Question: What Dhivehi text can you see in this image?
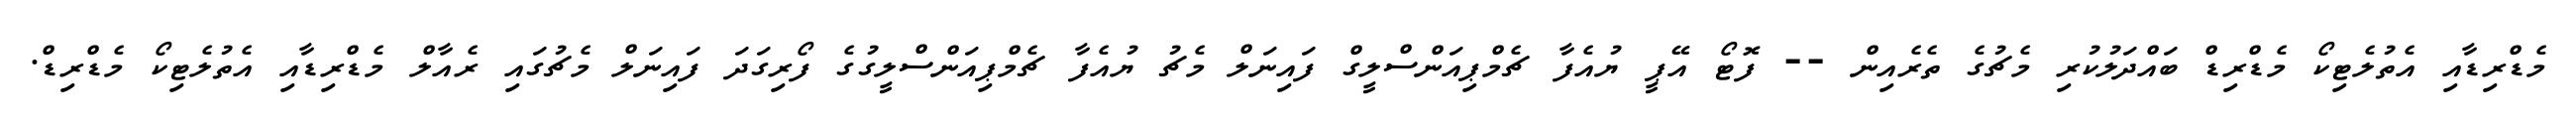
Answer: މެޑްރިޑާއި އެތުލެޓިކޯ މެޑްރިޑް ބައްދަލުކުރި މެޗުގެ ތެރެއިން -- ފޮޓޯ އޭޕީ ޔުއެފާ ޗެމްޕިއަންސްލީގް ފައިނަލް މެޗު ޔުއެފާ ޗެމްޕިއަންސްލީގުގެ ފޯރިގަދަ ފައިނަލް މެޗުގައި ރެއާލް މެޑްރިޑާއި އެތުލެޓިކޯ މެޑްރިޑް.